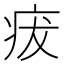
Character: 𤵬